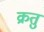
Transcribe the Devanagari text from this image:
क्रतुं